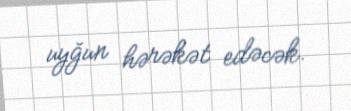
uyğun hərəkət edəcək.